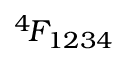
^ { 4 \! } F _ { 1 2 3 4 }